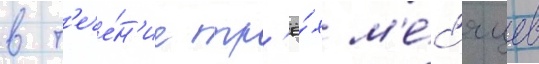
в т'ече́н'ие тр'ё́х м'е́с'яцев